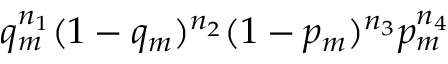
q _ { m } ^ { n _ { 1 } } ( 1 - q _ { m } ) ^ { n _ { 2 } } ( 1 - p _ { m } ) ^ { n _ { 3 } } p _ { m } ^ { n _ { 4 } }